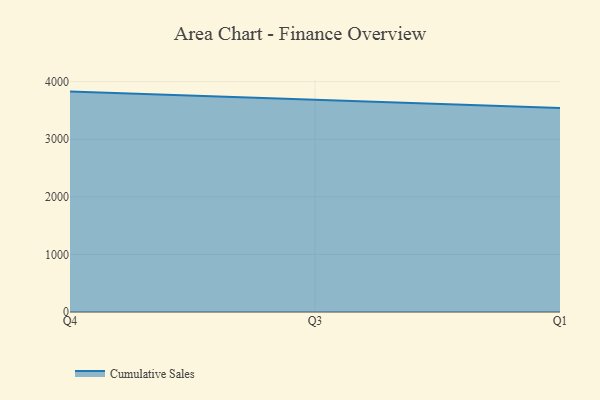
{"axis": {"x": "Quarter", "y": "Production Output"}, "legend": ["Cumulative Sales"], "data": [{"x": "Q4", "y": 3828.1, "type": "Cumulative Sales"}, {"x": "Q3", "y": 3686.6, "type": "Cumulative Sales"}, {"x": "Q1", "y": 3542.9, "type": "Cumulative Sales"}]}